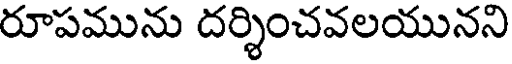
రూపమును దర్శించవలయునని